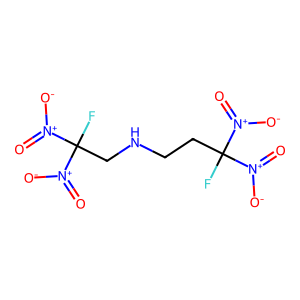
SMILES: O=[N+]([O-])C(F)(CCNCC(F)([N+](=O)[O-])[N+](=O)[O-])[N+](=O)[O-]
Inhibits HIV replication: No